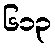
၆၁၃